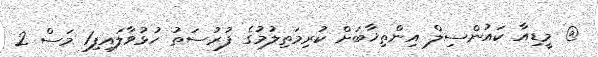
@ މީޑިއާ ކައުންސިލް އިންތިޚާބަށް ކުރިމަތިލުމުގެ ފުރުސަތު ހުޅުވާލައިފި1 މަސް 2